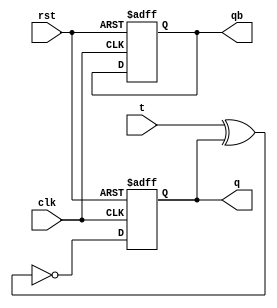
module TFF_edge_ar2(
    input t,clk,rst,
    output q,qb
);
    reg q,qb;
    always @(posedge clk or negedge rst) begin
        if(~rst)
        begin
          q<=0;
          qb<=1;
        end
        else begin
            q=t^q;
            q=!q;
        end
    end
endmodule